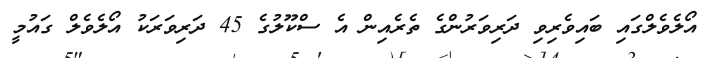
އޯލެވެލްގައި ބައިވެރިވި ދަރިވަރުންގެ ތެރެއިން އެ ސްކޫލުގެ 45 ދަރިވަރަކު އޯލެވެލް ގައުމީ